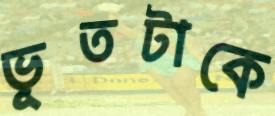
ভূতটাকে